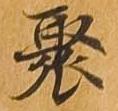
聚